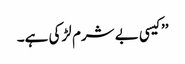
’’کیسی بے شرم لڑکی ہے۔